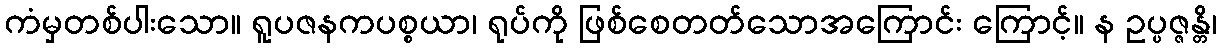
ကံမှတစ်ပါးသော။ ရူပဇနကပစ္စယာ၊ ရုပ်ကို ဖြစ်စေတတ်သောအကြောင်း ကြောင့်။ န ဥပ္ပဇ္ဇန္တိ၊